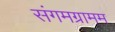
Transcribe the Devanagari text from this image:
संगमग्रामम